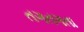
તગતગતા